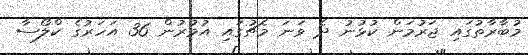
މުބާރާތުގައި ޖަރުމަން ކުޅުނު ދެ ވަނަ މެޗުގައި އުމުރުން 36 އަހަރުގެ ކްލޯސާ